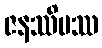
ဇနဿိမဿ